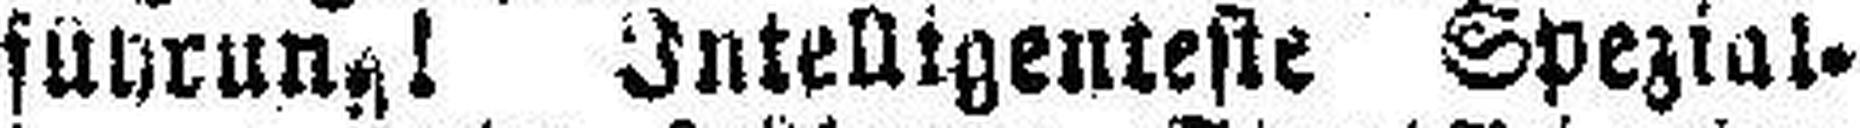
führung! Intelligenteste Spezial¬